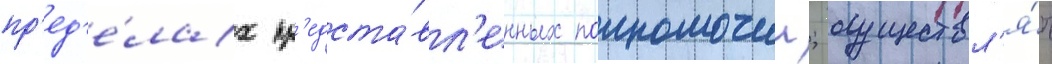
пр'ед'е́лах пр'едста́вл'енных полномочии; осуществл'я́ть